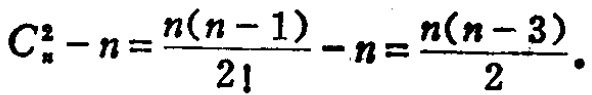
\[C_{n}^{2}-n=\frac{n(n - 1)}{2!}-n=\frac{n(n - 3)}{2}.\]